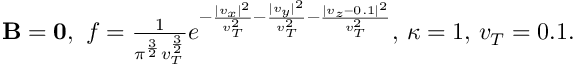
\begin{array} { r } { { \mathbf B } = { \mathbf 0 } , \ f = \frac { 1 } { \pi ^ { \frac { 3 } { 2 } } v _ { T } ^ { \frac { 3 } { 2 } } } e ^ { - \frac { | v _ { x } | ^ { 2 } } { v _ { T } ^ { 2 } } - \frac { | v _ { y } | ^ { 2 } } { v _ { T } ^ { 2 } } - \frac { | v _ { z } - 0 . 1 | ^ { 2 } } { v _ { T } ^ { 2 } } } , \, \kappa = 1 , \, v _ { T } = 0 . 1 . } \end{array}